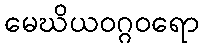
မေဃိယဝဂ္ဂဝရော